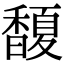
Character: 𩡘